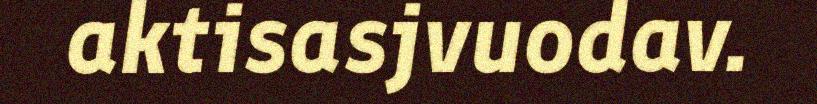
aktisasjvuodav.